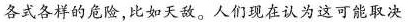
各式各样的危险，比如天敌。人们现在认为这可能取决